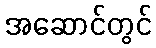
အဆောင်တွင်